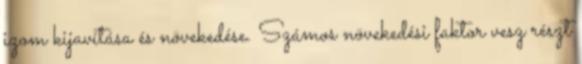
izom kijavítása és növekedése. Számos növekedési faktor vesz részt